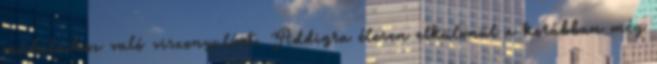
műdalaihoz való viszonyulást. Addigra élesen elkülönül a korábban még